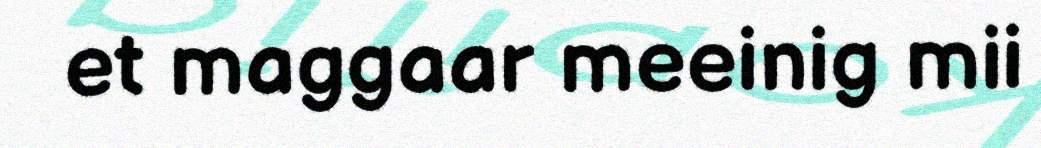
et maggaar meeinig mii